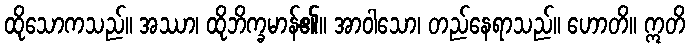
ထိုသောကသည်။ အဿာ၊ ထိုဘိက္ခမာန်၏။ အာဝါသော၊ တည်နေရာသည်။ ဟောတိ။ ဣတိ